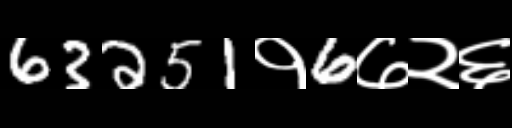
Text: 63251१6७२६